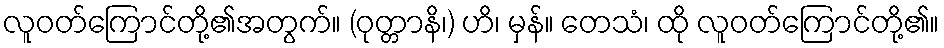
လူဝတ်ကြောင်တို့၏အတွက်။ (ဝုတ္တာနိ၊) ဟိ၊ မှန်။ တေသံ၊ ထို လူဝတ်ကြောင်တို့၏။